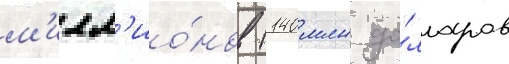
м'илл'ио́нов (140 млн до́лларов